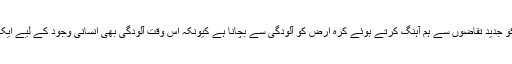
اس منصوبے کا مقصد ٹرانسپورٹ کو جدید تقاضوں سے ہم آہنگ کرتے ہوئے کرہ ارض کو آلودگی سے بچانا ہے کیونکہ اس وقت آلودگی بھی انسانی وجود کے لیے ایک تشویشناک خطرہ بنتی جا رہی ہے۔